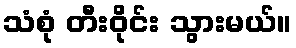
သံစုံ တီးဝိုင်း သွားမယ်။